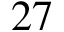
2 7